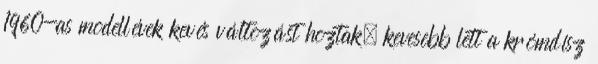
1960-as modellévek kevés változást hoztak, kevesebb lett a krómdísz